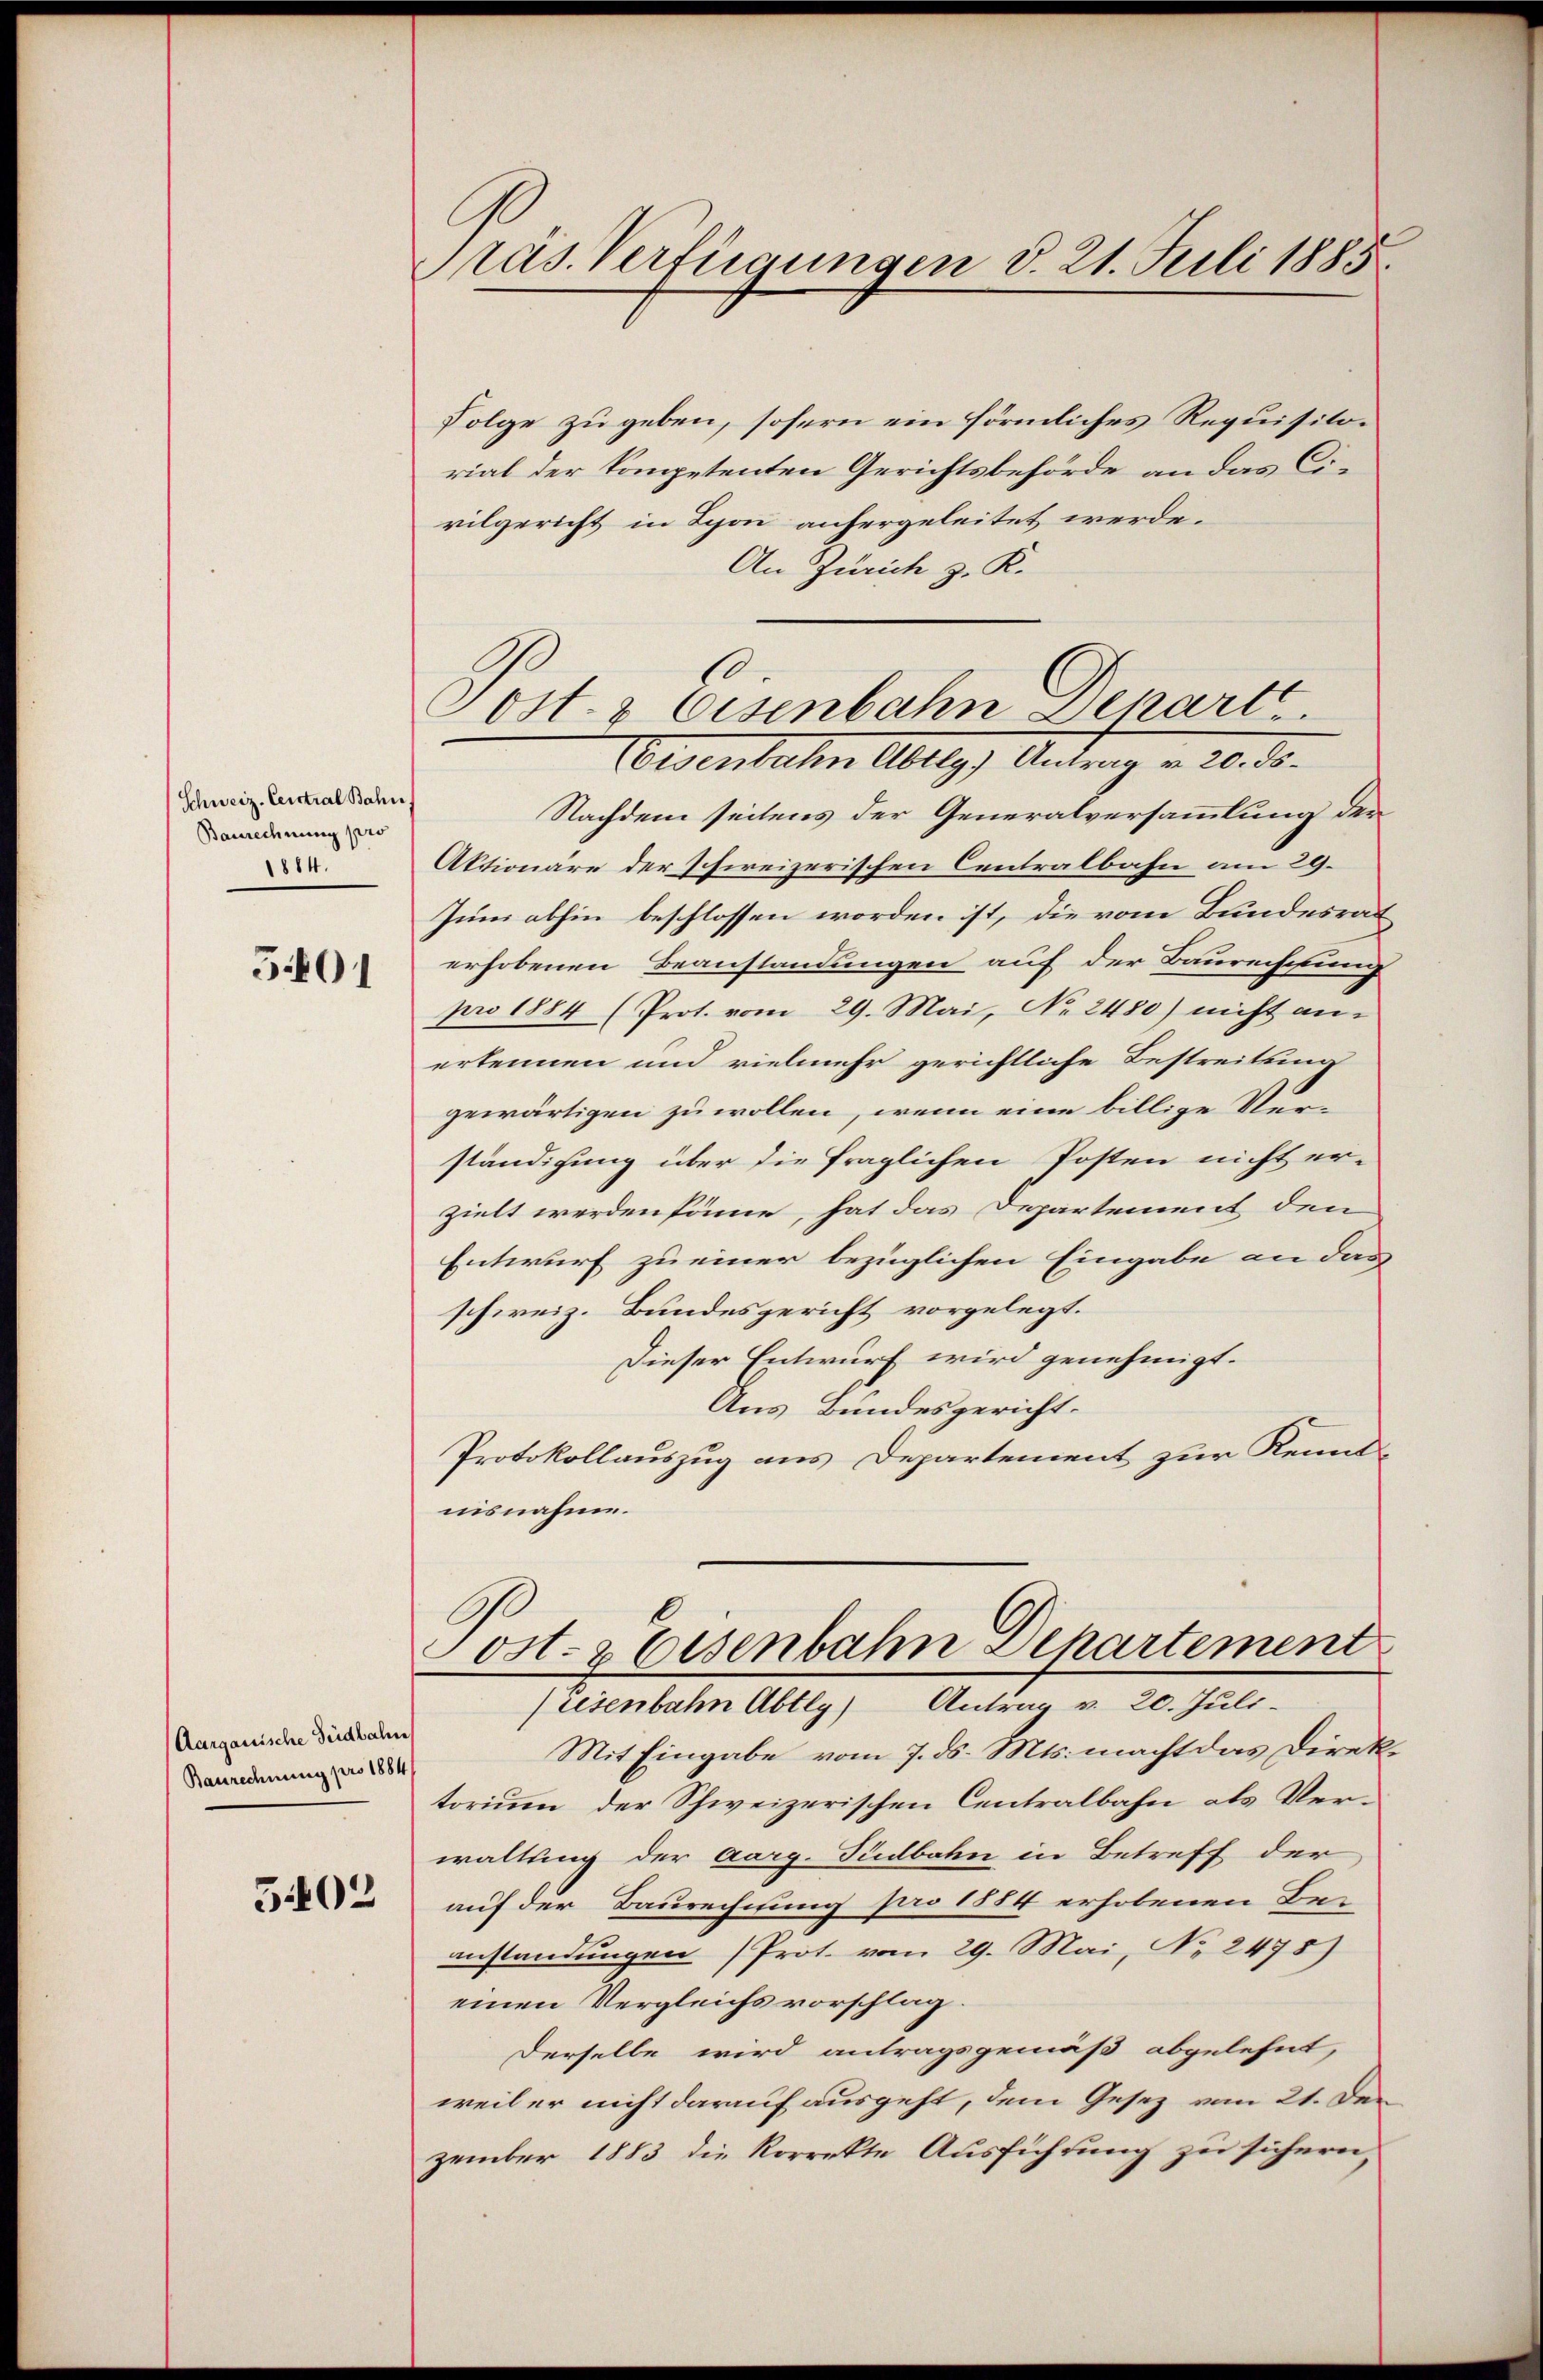
Schweiz. Central Bahn
Baurechnung pro
1884.

501

Aargauische Südbahn
Baurechnung pro 1884
5402

Präs. Verfügungen d. 21. Juli 1885.

Folge zu geben, sofern ein förmliches Requisitorial der kompetenten Gerichtsbehörde an das Civilgericht in Schon anhergeleitet werde.
An Zürich z. K.
1
Eisenbahn Abtlg) Antrag v. 20. ds.
Nachdem seitens der Generalversammlung der
Aktionäre der Ichireizerischen Centralbahn am 29.
Juni abhin beschlossen worden ist, die vom Bundesrat
erhobenen Beanstandungen auf der Baurechtung
pro 1884 (Prot. vom 29. Mai, No. 2480) nicht anerkennen und vielmehr gerichtliche Bestreitung
gewärtigen zu wollen, wenn eine billige Verständigung über die fraglichen Posten nicht er-
zielt werden sömme, hat das Departement den
Entwurf zu einer bezüglichen Eingabe an das
schweiz. Bundesgericht vorgelegt.
Dieser Entwurf wird genehmigt.
Aus Bundesgericht.
Protokollauszug aus Departement zur Kenntnisnahme.
Post- & Eisenbahn Departement
(Eisenbahn Abtly) Antrag v. 20. Juli.
Mit Eingabe vom 7. ds. Mts. macht das Direktorium der Schweizerischen Centralbahn als Verwaltung der aarg-Tüdbahn in Betreff der
auf der Baurechnung pro 1884 erhobenen Be-
anstandungen (Prot. vom 29. Mai, No 2478)
einen Vergleichs vorschlag.
Derselbe wird antragsgemäß abgelehnt,
weil er nicht darauf ausgeht, dem Gesetz vom 21. Den
zember 1883 die Korrekte Ausführung zu sichern,

Post- & Eisenbahn Departe